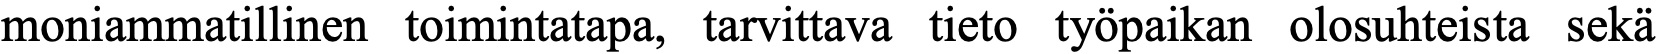
moniammatillinen toimintatapa, tarvittava tieto työpaikan olosuhteista sekä